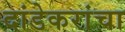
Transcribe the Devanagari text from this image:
दांडेकरांचा